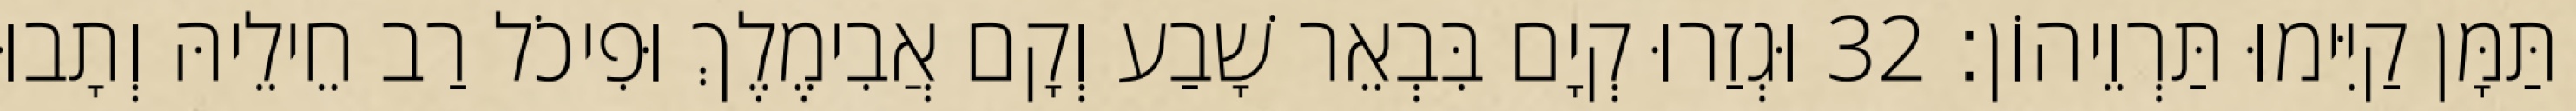
תַּמָּן קַיִּימוּ תַּרְוֵיהוֹן׃ 32 וּגְזַרוּ קְיָם בִּבְאֵר שָׁבַע וְקָם אֲבִימֶלֶךְ וּפִיכֹל רַב חֵילֵיהּ וְתָבוּ